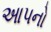
આપનો